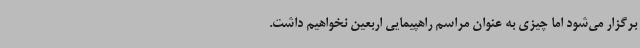
برگزار می‌شود اما چیزی به عنوان مراسم راهپیمایی اربعین نخواهیم داشت.